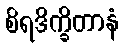
စိရဒိက္ခိတာနံ